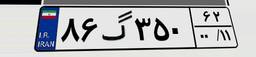
۰۵گ۹۸۴۴۰